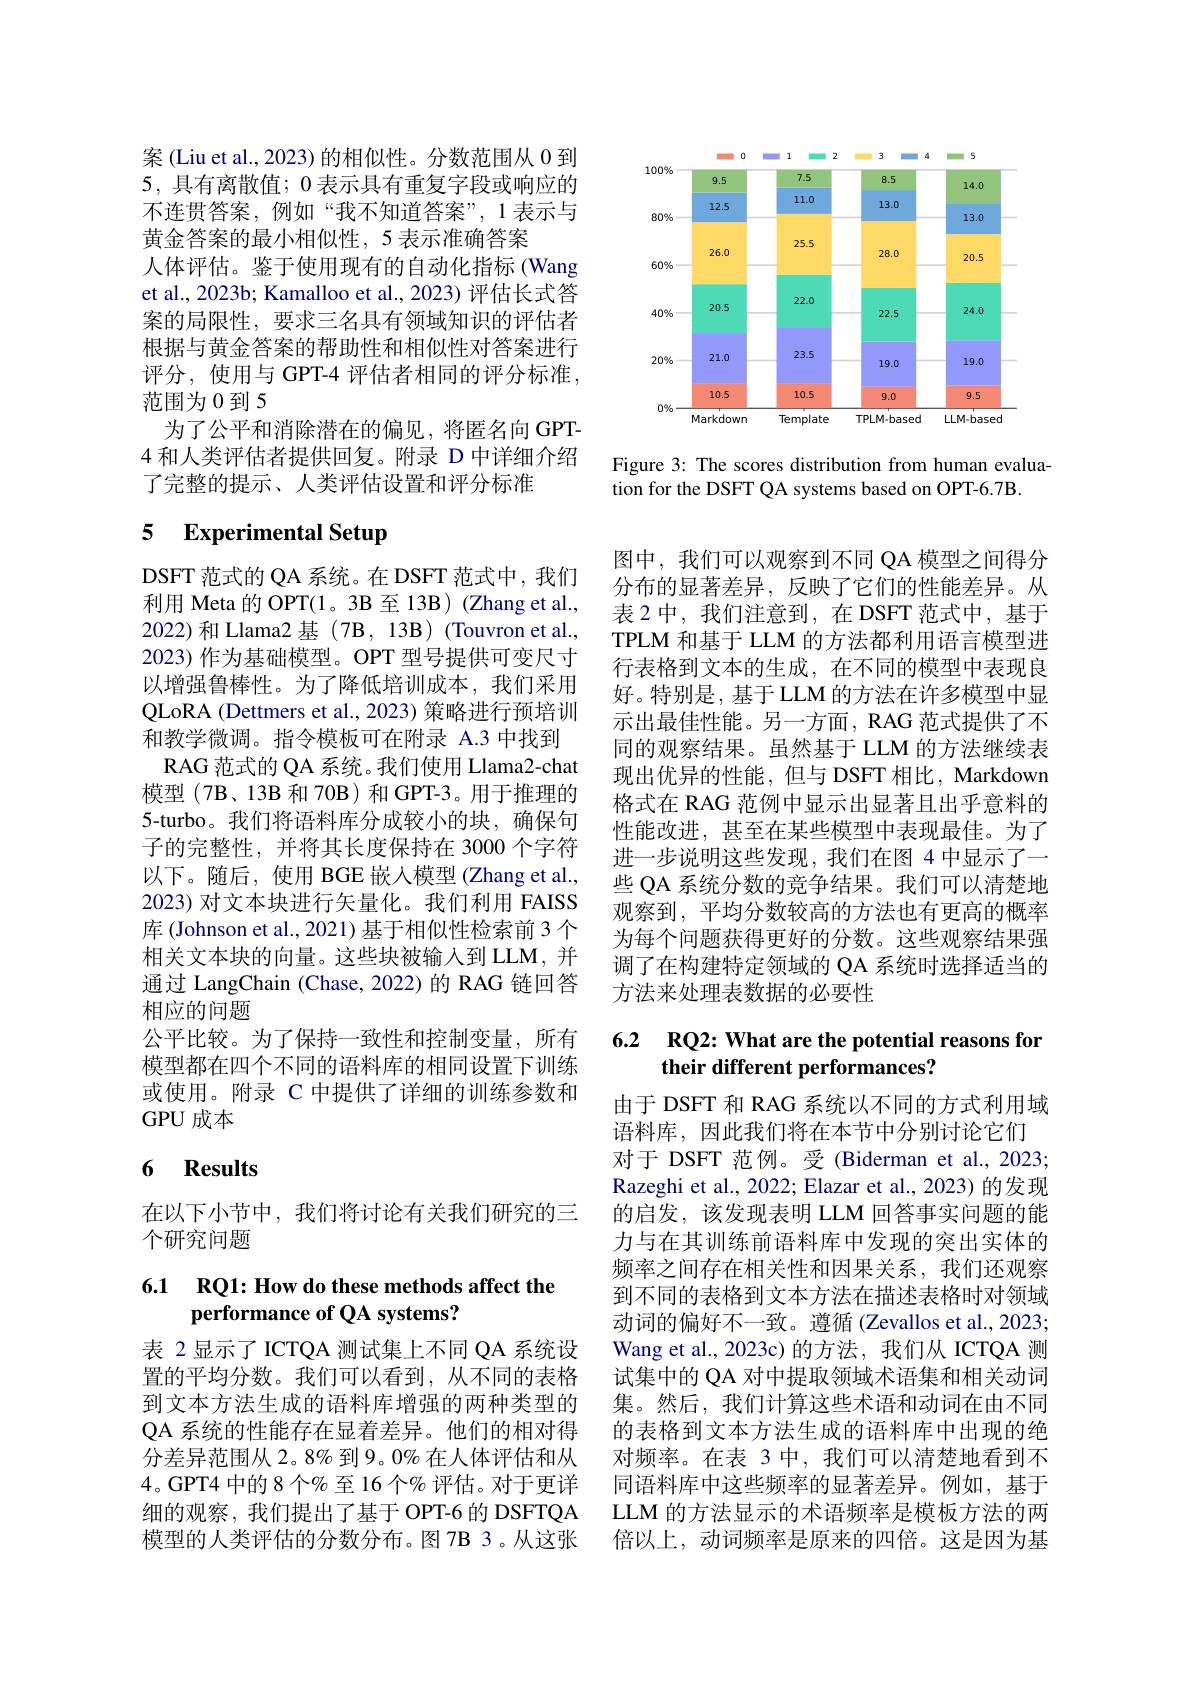
案 (Liu et al., 2023) 的相似性。分数范围从 0 到5,具有离散值；0表示具有重复字段或响应的不连贯答案，例如“我不知道答案”,1表示与黄金答案的最小相似性，5 表示准确答案
人体评估。鉴于使用现有的自动化指标(Wang et al., 2023b; Kamalloo et al., 2023) 评估长式答案的局限性，要求三名具有领域知识的评估者根据与黄金答案的帮助性和相似性对答案进行评分，使用与 GPT-4 评估者相同的评分标准， 范围为0到5
为了公平和消除潜在的偏见，将匿名向 GPT- 4 和人类评估者提供回复。附录 D 中详细介绍了完整的提示、人类评估设置和评分标准

### 5 Experimental Setup

DSFT 范式的 QA 系统。在 DSFT 范式中，我们利用 Meta 的 OPT(1。3B 至 13B) (Zhang et al., 2022)和 Llama2 基 (7B, 13B) (Touvron et al., 2023) 作为基础模型。OPT 型号提供可变尺寸以增强鲁棒性。为了降低培训成本，我们采用QLoRA (Dettmers et al., 2023) 策略进行预培训和教学微调。指令模板可在附录 A.3 中找到
RAG 范式的 QA 系统。我们使用 Llama2-chat 模型(7B、13B 和 70B)和 GPT-3。用于推理的5-turbo。我们将语料库分成较小的块，确保句子的完整性，并将其长度保持在 3000 个字符以下。随后，使用 BGE 嵌入模型 (Zhang et al., 2023) 对文本块进行矢量化。我们利用 FAISS 库 (Johnson et al., 2021) 基于相似性检索前 3 个相关文本块的向量。这些块被输入到 LLM, 并通过 LangChain (Chase, 2022) 的 RAG 链回答相应的问题
公平比较。为了保持一致性和控制变量，所有模型都在四个不同的语料库的相同设置下训练或使用。附录 C 中提供了详细的训练参数和GPU 成本

## 6 $\textbf{Results}$

在以下小节中，我们将讨论有关我们研究的三
个研究问题

## 6.1 RQ1: How do these methods affect the performance of QA systems?

表 2 显示了 ICTQA 测试集上不同 QA 系统设置的平均分数。我们可以看到，从不同的表格到文本方法生成的语料库增强的两种类型的QA 系统的性能存在显着差异。他们的相对得分差异范围从 2。8% 到 9。0% 在人体评估和从4。GPT4 中的8 个% 至 16 个% 评估。对于更详细的观察，我们提出了基于 OPT-6 的 DSFTQA 模型的人类评估的分数分布。图 7B 3。从这张

<FigureHere>

Figure 3: The scores distribution from human evalua-
tion for the DSFT QA systems based on OPT-6.7B.

图中，我们可以观察到不同 QA 模型之间得分分布的显著差异，反映了它们的性能差异。从表 2 中，我们注意到，在 DSFT 范式中，基于TPLM 和基于 LLM 的方法都利用语言模型进行表格到文本的生成，在不同的模型中表现良好。特别是，基于LLM 的方法在许多模型中显示出最佳性能。另一方面，RAG 范式提供了不同的观察结果。虽然基于 LLM 的方法继续表现出优异的性能，但与 DSFT 相比，Markdown 格式在 RAG 范例中显示出显著且出乎意料的性能改进，甚至在某些模型中表现最佳。为了进一步说明这些发现，我们在图 4 中显示了一些 QA 系统分数的竞争结果。我们可以清楚地观察到，平均分数较高的方法也有更高的概率为每个问题获得更好的分数。这些观察结果强调了在构建特定领域的 QA 系统时选择适当的方法来处理表数据的必要性

## 6.2 RQ2: What are the potential reasons for their different performances?

由于 DSFT 和 RAG 系统以不同的方式利用域
语料库，因此我们将在本节中分别讨论它们
对于 DSFT 范例。受 (Biderman et al.,2023; Razeghi et al., 2022; Elazar et al., 2023) 的发现的启发，该发现表明 LLM 回答事实问题的能力与在其训练前语料库中发现的突出实体的频率之间存在相关性和因果关系，我们还观察到不同的表格到文本方法在描述表格时对领域动词的偏好不一致。遵循 (Zevallos et al., 2023; Wang et al., 2023c)的方法，我们从 ICTQA 测试集中的 QA 对中提取领域术语集和相关动词集。然后，我们计算这些术语和动词在由不同的表格到文本方法生成的语料库中出现的绝对频率。在表 3 中，我们可以清楚地看到不同语料库中这些频率的显著差异。例如，基于LLM 的方法显示的术语频率是模板方法的两倍以上，动词频率是原来的四倍。这是因为基